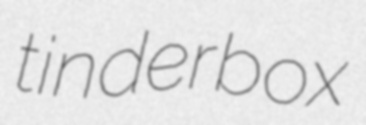
tinderbox